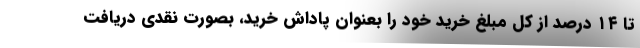
تا ۱۴ درصد از کل مبلغ خرید خود را بعنوان پاداش خرید، بصورت نقدی دریافت